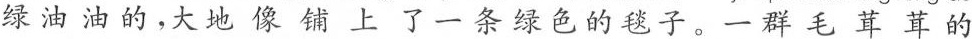
绿油油的，大地像铺上了一条绿色的毯子。一群毛茸茸的